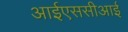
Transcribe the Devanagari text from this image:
आईएससीआई